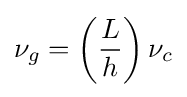
\nu _{g}=\left({\frac {L}{h}}\right)\nu _{c}